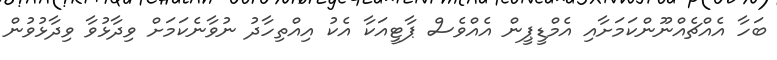
ބަހާ އެއްޗެއްނޫންކަމަށާއި އެމްޑީޕީން އެއްވެސް ޕާޓީއަކާ އެކު އިއްތިހާދު ނުވާނެކަމަށް ވިދާޅުވާ ވިދާޅުވުން